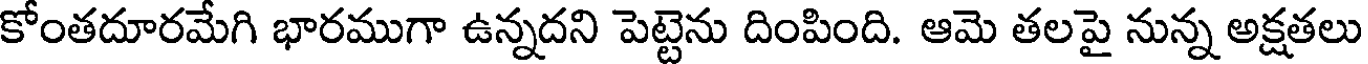
కోంతదూరమేగి భారముగా ఉన్నదని పెట్టెను దింపింది. ఆమె తలపై నున్న అక్షతలు